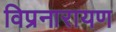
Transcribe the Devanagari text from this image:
विप्रनारायण